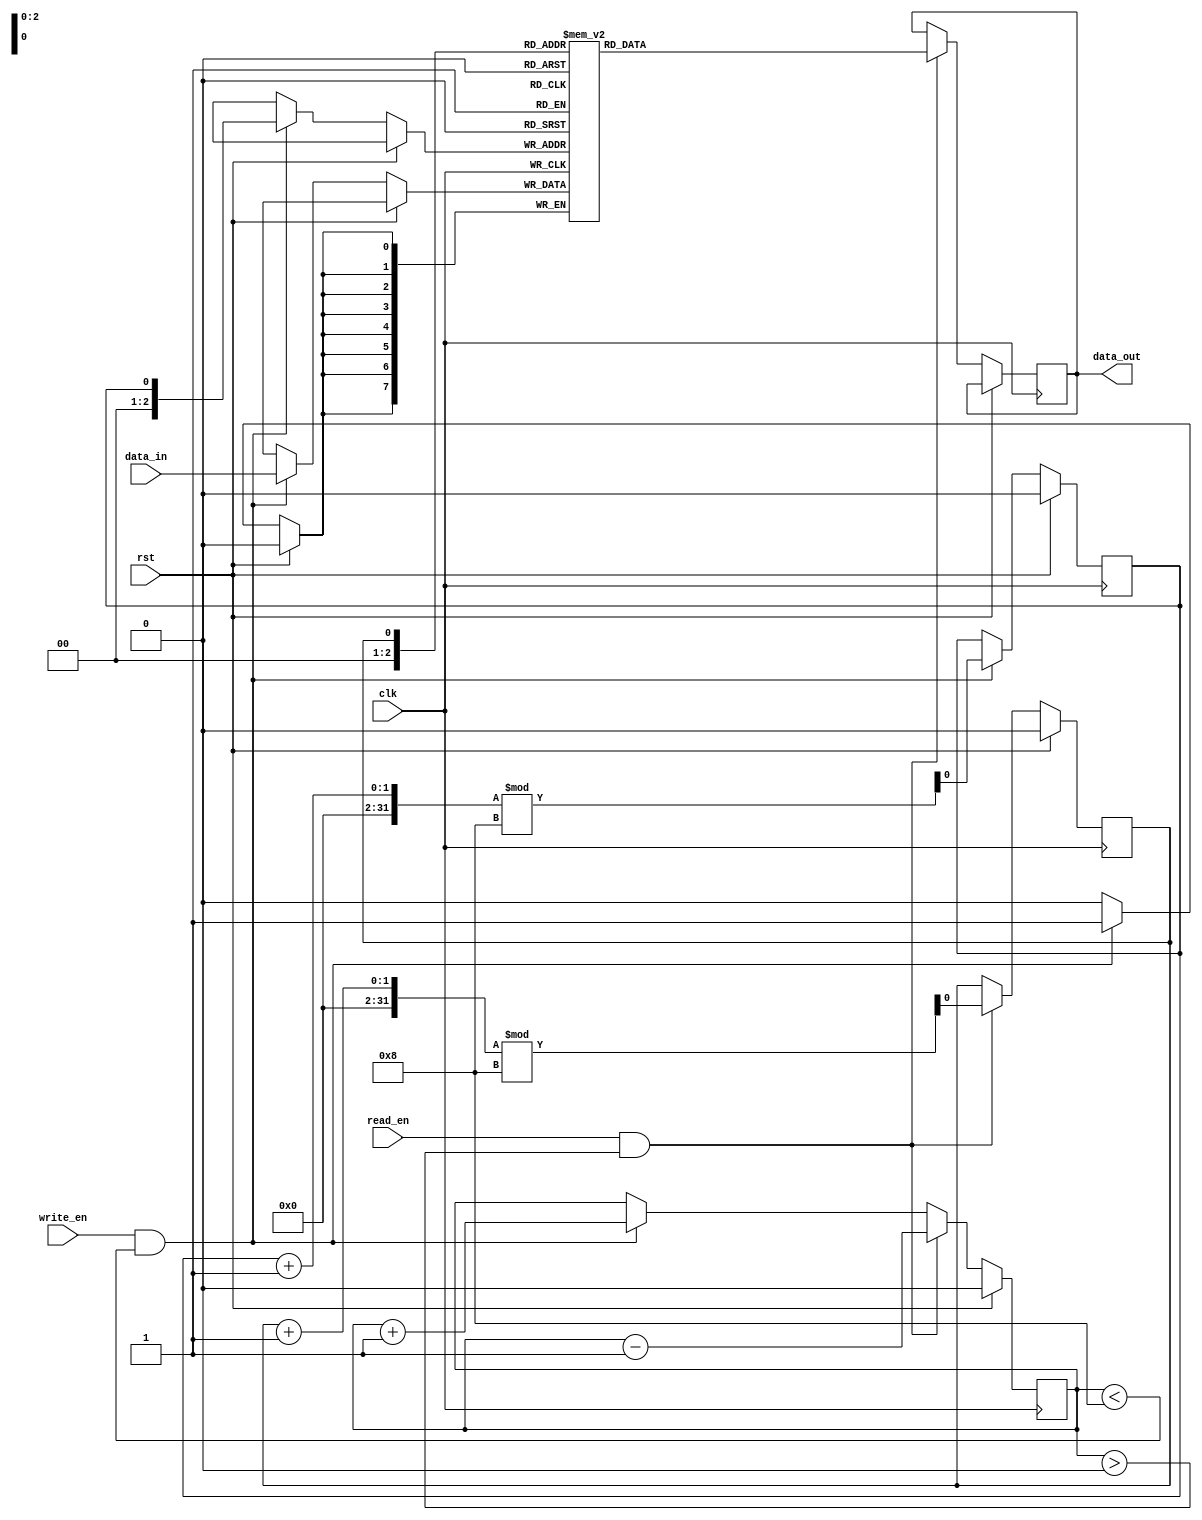
module fifo_buffer (
    input wire clk,
    input wire rst,
    input wire write_en,
    input wire read_en,
    input wire [7:0] data_in,
    output reg [7:0] data_out
);

parameter BUFFER_SIZE = 8; // Size of the buffer
reg [7:0] buffer [0:BUFFER_SIZE-1];
reg head = 0; // Pointer to the head of the buffer
reg tail = 0; // Pointer to the tail of the buffer
reg count = 0; // Number of data items in the buffer

always @(posedge clk) begin
    if (rst) begin
        head <= 0;
        tail <= 0;
        count <= 0;
    end else begin
        if (write_en && count < BUFFER_SIZE) begin
            buffer[tail] <= data_in;
            tail <= (tail + 1) % BUFFER_SIZE;
            count <= count + 1;
        end
        
        if (read_en && count > 0) begin
            data_out <= buffer[head];
            head <= (head + 1) % BUFFER_SIZE;
            count <= count - 1;
        end
    end
end

endmodule